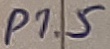
Text: P1.5